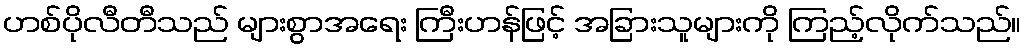
ဟစ်ပိုလီတီသည် များစွာအရေး ကြီးဟန်ဖြင့် အခြားသူများကို ကြည့်လိုက်သည်။